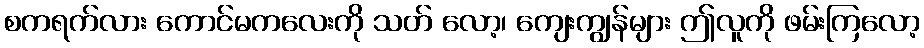
စကရက်လား ကောင်မကလေးကို သတ် လော့၊ ကျေးကျွန်များ ဤလူကို ဖမ်းကြလော့